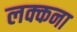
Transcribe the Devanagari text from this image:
लक्कना